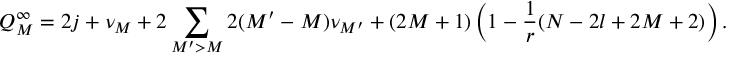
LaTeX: Q _ { M } ^ { \infty } = 2 j + \nu _ { M } + 2 \sum _ { M ^ { \prime } > M } 2 ( M ^ { \prime } - M ) \nu _ { M ^ { \prime } } + ( 2 M + 1 ) \left( 1 - \frac { 1 } { r } ( N - 2 l + 2 M + 2 ) \right) .